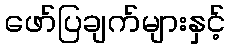
ဖော်ပြချက်များနှင့်